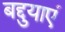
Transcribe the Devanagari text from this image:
बद्दुयाएं